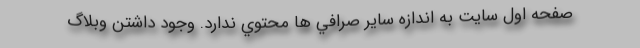
صفحه اول سايت به اندازه ساير صرافي ها محتوي ندارد. وجود داشتن وبلاگ